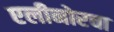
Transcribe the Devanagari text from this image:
एलीनोरचा